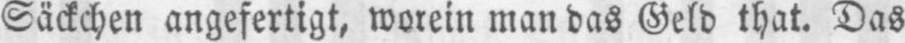
Säckchen angefertigt, worein man das Geld that. Das